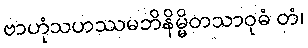
ဗာဟုံသဟဿမဘိနိမ္မိတသာဝုဓံ တံ၊